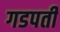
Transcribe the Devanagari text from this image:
गडपती